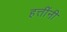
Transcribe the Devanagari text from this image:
हत्तींनी